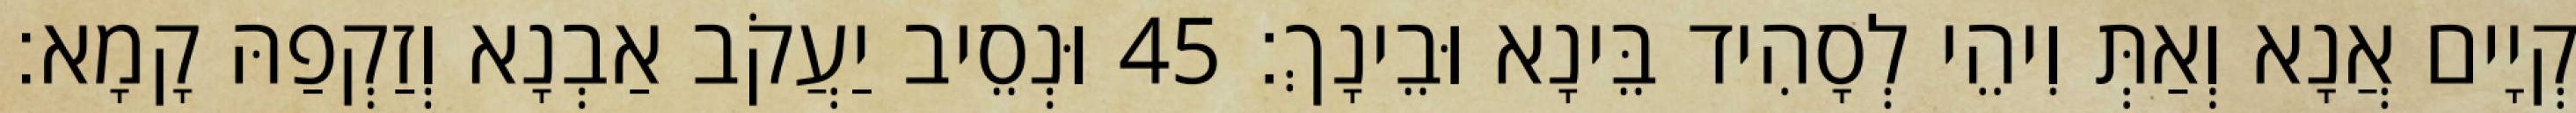
קְיָים אֲנָא וְאַתְּ וִיהֵי לְסָהִיד בֵּינָא וּבֵינָךְ׃ 45 וּנְסֵיב יַעֲקֹב אַבְנָא וְזַקְפַהּ קָמָא׃